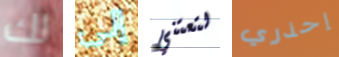
لك إلى لتعتني إحذري